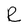
Character: R